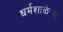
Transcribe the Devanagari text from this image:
धर्मशाळेच्या